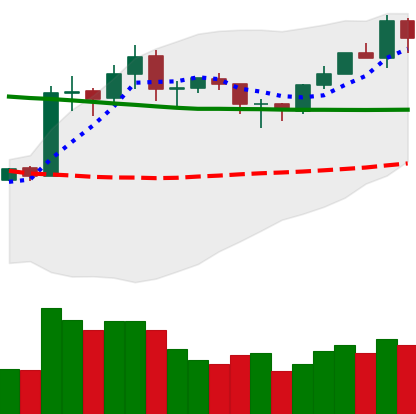
Ticker: ETH-USD
Chart end date: 2020-01-31
Forward return: 13.36%
Label: up_7plus